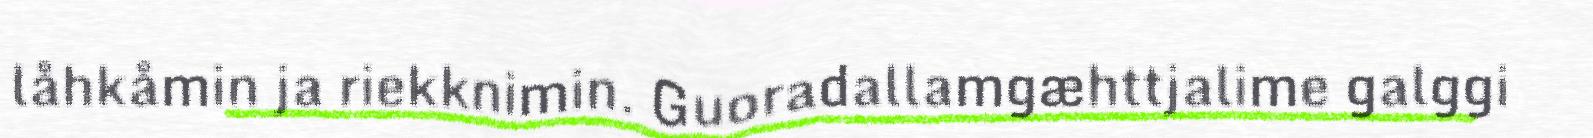
låhkåmin ja riekknimin. Guoradallamgæhttjalime galggi